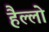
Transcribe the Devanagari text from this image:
हैल्लो